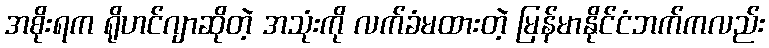
အစိုးရက ရိုဟင်ဂျာဆိုတဲ့ အသုံးကို လက်ခံမထားတဲ့ မြန်မာနိုင်ငံဘက်ကလည်း